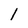
Character: l